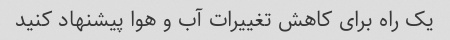
یک راه برای کاهش تغییرات آب و هوا پیشنهاد کنید